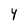
Character: Y